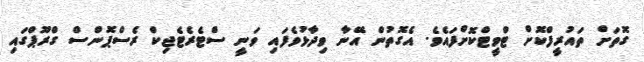
ގޮތަށް ތައުރީފްކޮށް ޓްވީޓްކޮށްފައެވެ. އެގޮތުން އޭނާ ވިދާޅުވެފައި ވަނީ ސްޓެރެޓެޖިކް ރެސްޕޮންސް ގްރޫޕްގައި